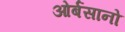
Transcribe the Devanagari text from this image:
ओर्बसानो